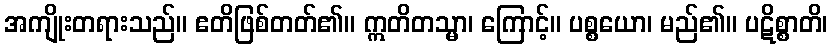
အကျိုးတရားသည်။ ဧတိဖြစ်တတ်၏။ ဣတိတသ္မာ၊ ကြောင့်။ ပစ္စယော၊ မည်၏။ ပဋိစ္စာတိ၊